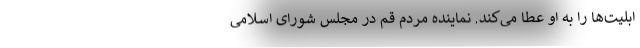
ابلیت‌ها را به او عطا می‌کند. نماینده مردم قم در مجلس شورای اسلامی